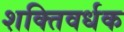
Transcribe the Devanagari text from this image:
शक्‍तिवर्धक